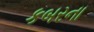
કબરના